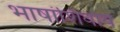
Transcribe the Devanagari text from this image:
भाषांशिवाय